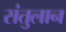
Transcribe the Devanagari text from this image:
संतुलान